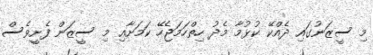
މި ސީޒަނުގައި ދެއްކޭ ކުޅުމާ މެދު ހިތްހަމަޖެހޭ ކަމަށާއި މި ސީޒަން ފެށީވެސް